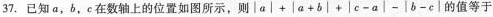
37.已知a，b，c在数轴上的位置如图所示，则$$│ a │ + | a + b │ + │ c - a │ - │ b - c │$$的值等于